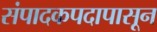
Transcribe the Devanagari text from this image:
संपादकपदापासून